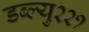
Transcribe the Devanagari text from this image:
डब्ल्यु२२१